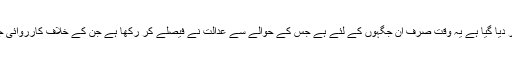
چھ ماہ کا وقت ان شرائط پر دیا گیا ہے یہ وقت صرف ان جگہوں کے لئے ہے جس کے حوالے سے عدالت نے فیصلے کر رکھا ہے جن کے خلاف کارروائی جاری ہے جاری رہے گی ۔